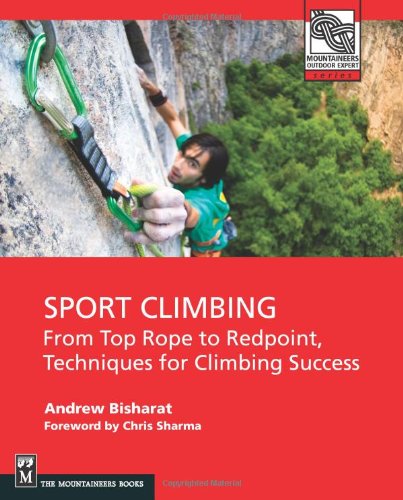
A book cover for Sport Climbing: From Top Rope to Redpoint, Techniques for Climbing Success; Andrew Bisharat; Sports & Outdoors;